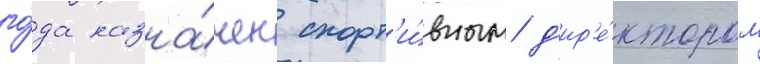
го́да назна́чен спорт'и́вным д'ир'е́ктором